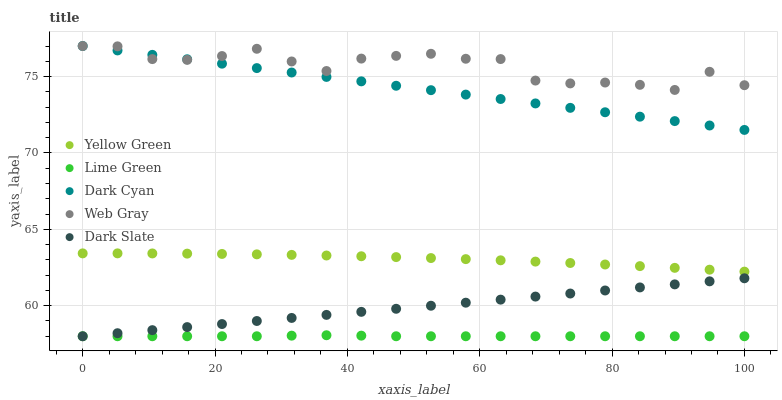
| xaxis_label | Yellow Green | Lime Green | Dark Cyan | Web Gray | Dark Slate |
 | --- | --- | --- | --- | --- | --- |
 | 0 | 63.4 | 58 | 77 | 77 | 58 |
 | 5.26 | 63.4 | 58 | 76.7 | 77 | 58.2 |
 | 10.5 | 63.4 | 58 | 76.4 | 76.1 | 58.4 |
 | 15.8 | 63.4 | 58 | 76.1 | 76.1 | 58.6 |
 | 21.1 | 63.4 | 58 | 75.8 | 76.3 | 58.8 |
 | 26.3 | 63.4 | 58 | 75.6 | 76.8 | 59 |
 | 31.6 | 63.3 | 58 | 75.3 | 76 | 59.2 |
 | 36.8 | 63.3 | 58.1 | 75 | 75.4 | 59.4 |
 | 42.1 | 63.2 | 58 | 74.7 | 76.2 | 59.6 |
 | 47.4 | 63.2 | 58 | 74.4 | 76.4 | 59.8 |
 | 52.6 | 63.1 | 58 | 74.1 | 76.5 | 60 |
 | 57.9 | 63 | 58 | 73.8 | 76.2 | 60.2 |
 | 63.2 | 63 | 58 | 73.5 | 76.1 | 60.4 |
 | 68.4 | 62.9 | 58 | 73.2 | 74.7 | 60.6 |
 | 73.7 | 62.8 | 58 | 73 | 74.6 | 60.8 |
 | 78.9 | 62.7 | 58 | 72.7 | 74.6 | 61 |
 | 84.2 | 62.6 | 58 | 72.4 | 74.5 | 61.2 |
 | 89.5 | 62.5 | 58 | 72.1 | 74.1 | 61.4 |
 | 94.7 | 62.4 | 58 | 71.8 | 75.3 | 61.6 |
 | 100 | 62.2 | 58 | 71.5 | 74.4 | 61.8 |